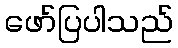
ဖော်ပြပါသည်